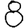
Digit: 8